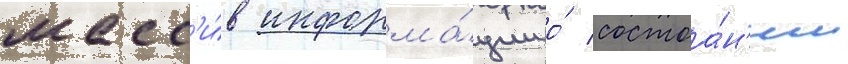
масс'и́в информа́ции о́ состоа́н'ии